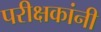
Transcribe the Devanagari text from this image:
परीक्षकांनी